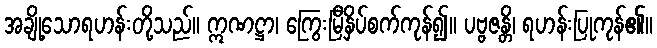
အချို့သောရဟန်းတို့သည်။ ဣဏဋ္ဌာ၊ ကြွေးမြီနှိပ်စက်ကုန်၍။ ပဗ္ဗဇန္တိ၊ ရဟန်းပြုကုန်၏။